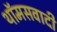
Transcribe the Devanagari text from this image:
थॉमसवादी